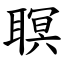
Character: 䏃